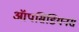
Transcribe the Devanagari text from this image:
ऑपसिडियनस